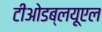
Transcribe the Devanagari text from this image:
टीओडब्लयूएल